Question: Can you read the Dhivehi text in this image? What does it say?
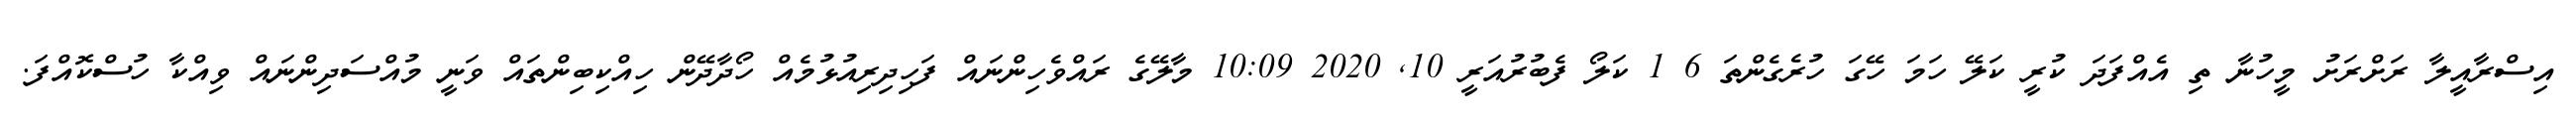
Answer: އިސްރާއީލާ ރަށްރަށު މީހުނާ ތި އެއްފަދަ ކުރީ ކަލޭ ހަމަ ހޭގަ ހުރެގެންތަ 6 1 ކަލޯ ފެބުރުއަރީ 10, 2020 10:09 މާލޭގެ ރައްވެހިންނައް ފަހިދިރިއުޅުމެއް ހޯދާދޭން ހިއްކިބިންތައް ވަނީ މުއްސަދިންނައް ވިއްކާ ހުސްކޮއްފަ.